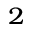
_ 2